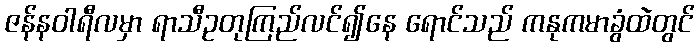
ဇန်နဝါရီလမှာ ရာသီဥတုကြည်လင်၍နေ ရောင်သည် ကနုကမာခွံထဲတွင်